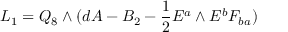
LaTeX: { \cal { L } } _ { 1 } = Q _ { 8 } \wedge ( d A - B _ { 2 } - { \frac { 1 } { 2 } } E ^ { a } \wedge E ^ { b } F _ { b a } )